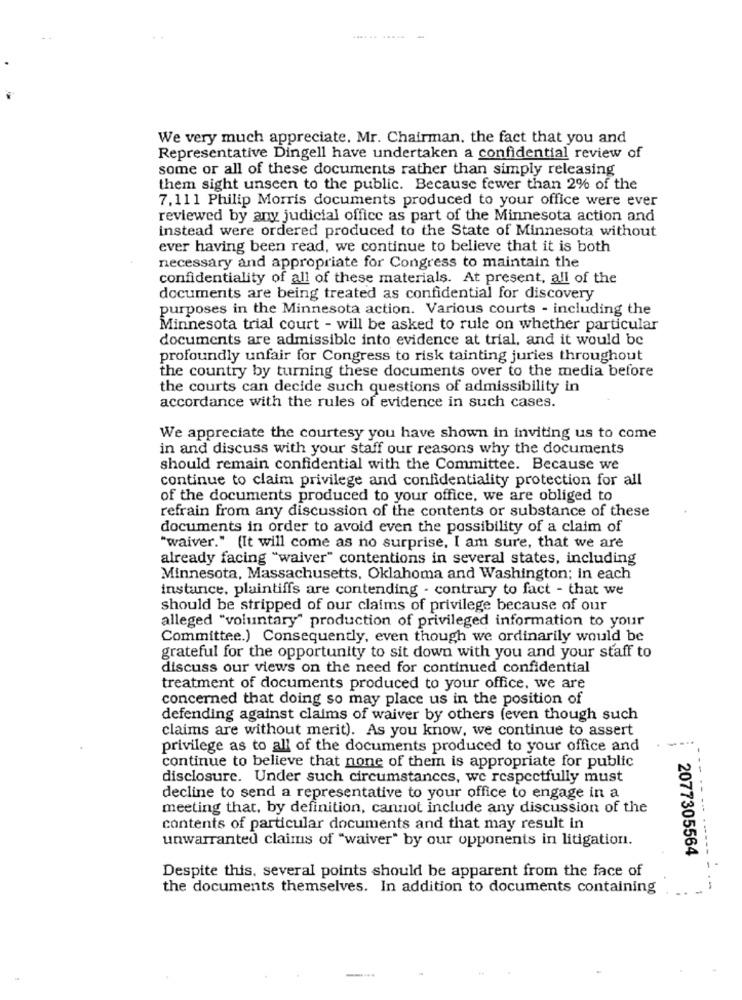
We very much appreciate. Mr. Chairman. the fact that you and
Representative Dingell have undertaken a confidential review of
some or all of these documents rather than simply releasing
them sight unseen to the public. Because fewer than 2% of the
7.111 Philip Morris documents produced to your office were ever
reviewed by any judicial office as part of the Minnesota action and
instead were ordered produced to the State of Minnesota without
ever having been read, we continue to believe that it is both
necessary and appropriate for Congress to maintain the
confidentiality of all of these materials. At present, all of the
documents are being treated as confidential for discovery
purposes in the Minnesota action. Various courts - including the
Minnesota trial court - will be asked to rule on whether particular
documents are admissible into evidence at trial, and it would be
profoundly unfair for Congress to risk tainting juries throughout
the country by turning these documents over to the media before
the courts can decide such questions of admissibility in
accordance with the rules of evidence in such cases.
We appreciate the courtesy you have shown in inviting us to come
in and discuss with your staff our reasons why the documents
should remain confidential with the Committee. Because we
continue to claim privilege and confidentiality protection for all
of the documents produced to your office, we are obliged to
refrain from any discussion of the contents or substance of these
documents in order to avoid even the possibility of a claim of
"waiver." (It will come as no surprise, I am sure, that we are
already facing "waiver" contentions in several states, including
Minnesota, Massachusetts, Oklahoma and Washington; in each
instance, plaintiffs are contending - contrary to fact - that we
should be stripped of our claims of privilege because of our
alleged "voluntary" production of privileged information to your
Committee.) Consequently, even though we ordinarily would be
grateful for the opportunity to sit down with you and your staff to
discuss our views on the need for continued confidential
treatment of documents produced to your office. we are
concerned that doing so may place us in the position of
defending against claims of waiver by others (even though such
claims are without merit). As you know, we continue to assert
privilege as to all of the documents produced to your office and
continue to believe that none of them is appropriate for public
disclosure. Under such circumstances, we respectfully must
decline to send a representative to your office to engage in a
meeting that, by definition, cannot include any discussion of the
contents of particular documents and that may result in
------
unwarranted claims of "waiver" by our opponents in litigation.
2077305564
Despite this, several points should be apparent from the face of
the documents themselves. In addition to documents containing
---.